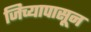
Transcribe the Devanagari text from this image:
जिच्यापासून